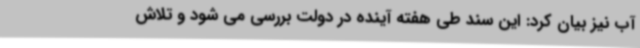
آب نیز بیان کرد: این سند طی هفته آینده در دولت بررسی می شود و تلاش